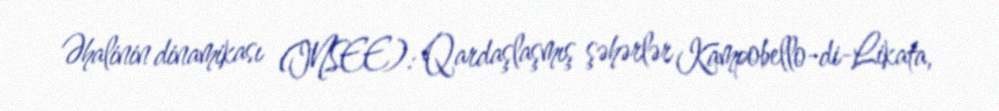
Əhalinin dinamikası (INSEE): Qardaşlaşmış şəhərlər Kampobello-di-Likata,